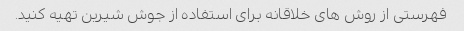
فهرستی از روش های خلاقانه برای استفاده از جوش شیرین تهیه کنید.